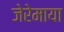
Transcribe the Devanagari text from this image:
जेरेमाया